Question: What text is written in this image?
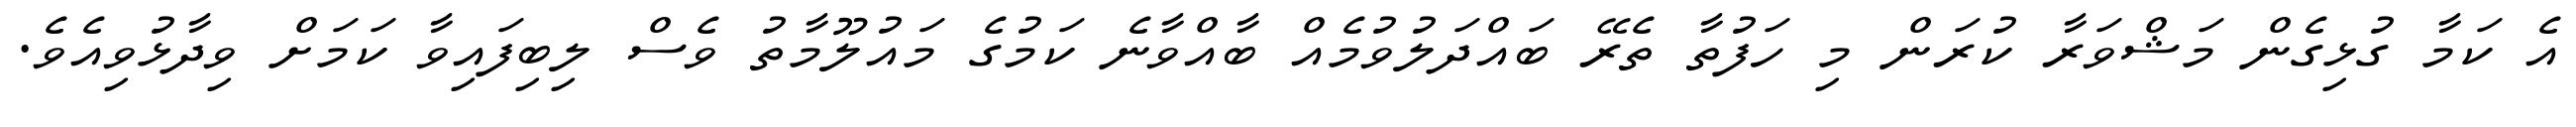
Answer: އެ ކަމާ ގުޅިގެން މަޝްވަރާ ކުރަން މި ހަފުތާ ތެރޭ ބައްދަލުވުމެއް ބާއްވާނެ ކަމުގެ މައުލޫމާތު ވެސް ލިބިފައިވާ ކަމަށް ވިދާޅުވިއެވެ.